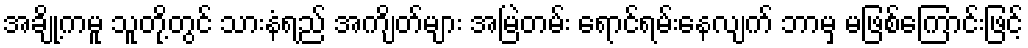
အချို့ကမူ သူတို့တွင် သားနံရည် အကျိတ်များ အမြဲတမ်း ရောင်ရမ်းနေလျက် ဘာမှ မဖြစ်ကြောင်းဖြင့်